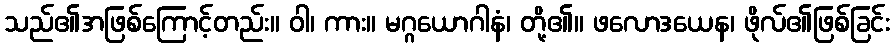
သည်၏အဖြစ်ကြောင့်တည်း။ ဝါ၊ ကား။ မဂ္ဂယောဂါနံ၊ တို့၏။ ဖလောဒယေန၊ ဖိုလ်၏ဖြစ်ခြင်း